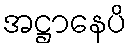
အဋ္ဌာနေပိ